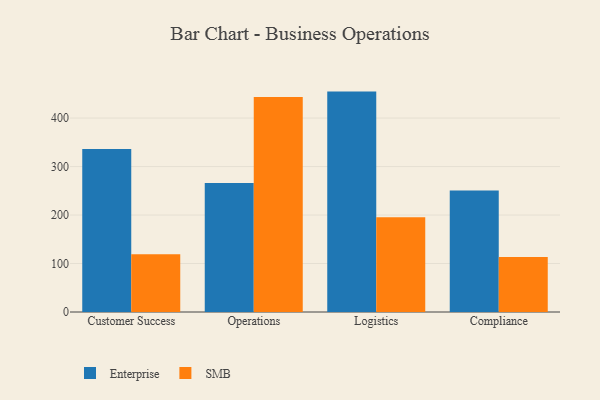
{"axis": {"x": "Department", "y": "LTV (USD)"}, "legend": ["Enterprise", "SMB"], "data": [{"x": "Customer Success", "y": 336.0, "type": "Enterprise"}, {"x": "Customer Success", "y": 119.1, "type": "SMB"}, {"x": "Operations", "y": 266.2, "type": "Enterprise"}, {"x": "Operations", "y": 443.7, "type": "SMB"}, {"x": "Logistics", "y": 454.6, "type": "Enterprise"}, {"x": "Logistics", "y": 195.3, "type": "SMB"}, {"x": "Compliance", "y": 250.5, "type": "Enterprise"}, {"x": "Compliance", "y": 113.5, "type": "SMB"}]}